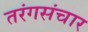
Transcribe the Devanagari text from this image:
तरंगसंचार